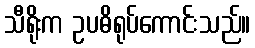
သီရိုးက ဥပဓိရုပ်ကောင်းသည်။